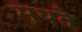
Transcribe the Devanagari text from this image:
मथते